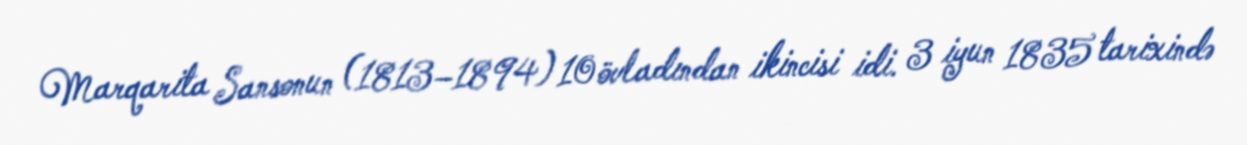
Marqarita Sansonun (1813–1894) 10 övladından ikincisi idi. 3 iyun 1835 tarixində